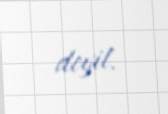
deyil.